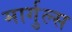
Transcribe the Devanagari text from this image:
मार्गुल्स